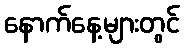
နောက်နေ့များတွင်